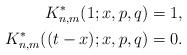
LaTeX: \begin{align*}K_{n,m}^{*}(1;x,p,q)&=1,\\K_{n,m}^{*}((t-x);x,p,q)&=0.\end{align*}